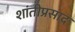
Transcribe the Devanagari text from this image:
शांतीप्रसाद